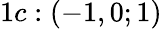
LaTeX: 1c:(-1,0;1)